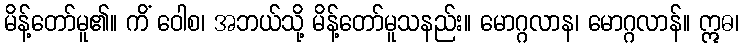
မိန့်တော်မူ၏။ ကိံ ဝေါစ၊ အဘယ်သို့ မိန့်တော်မူသနည်း။ မောဂ္ဂလာန၊ မောဂ္ဂလာန်။ ဣဓ၊